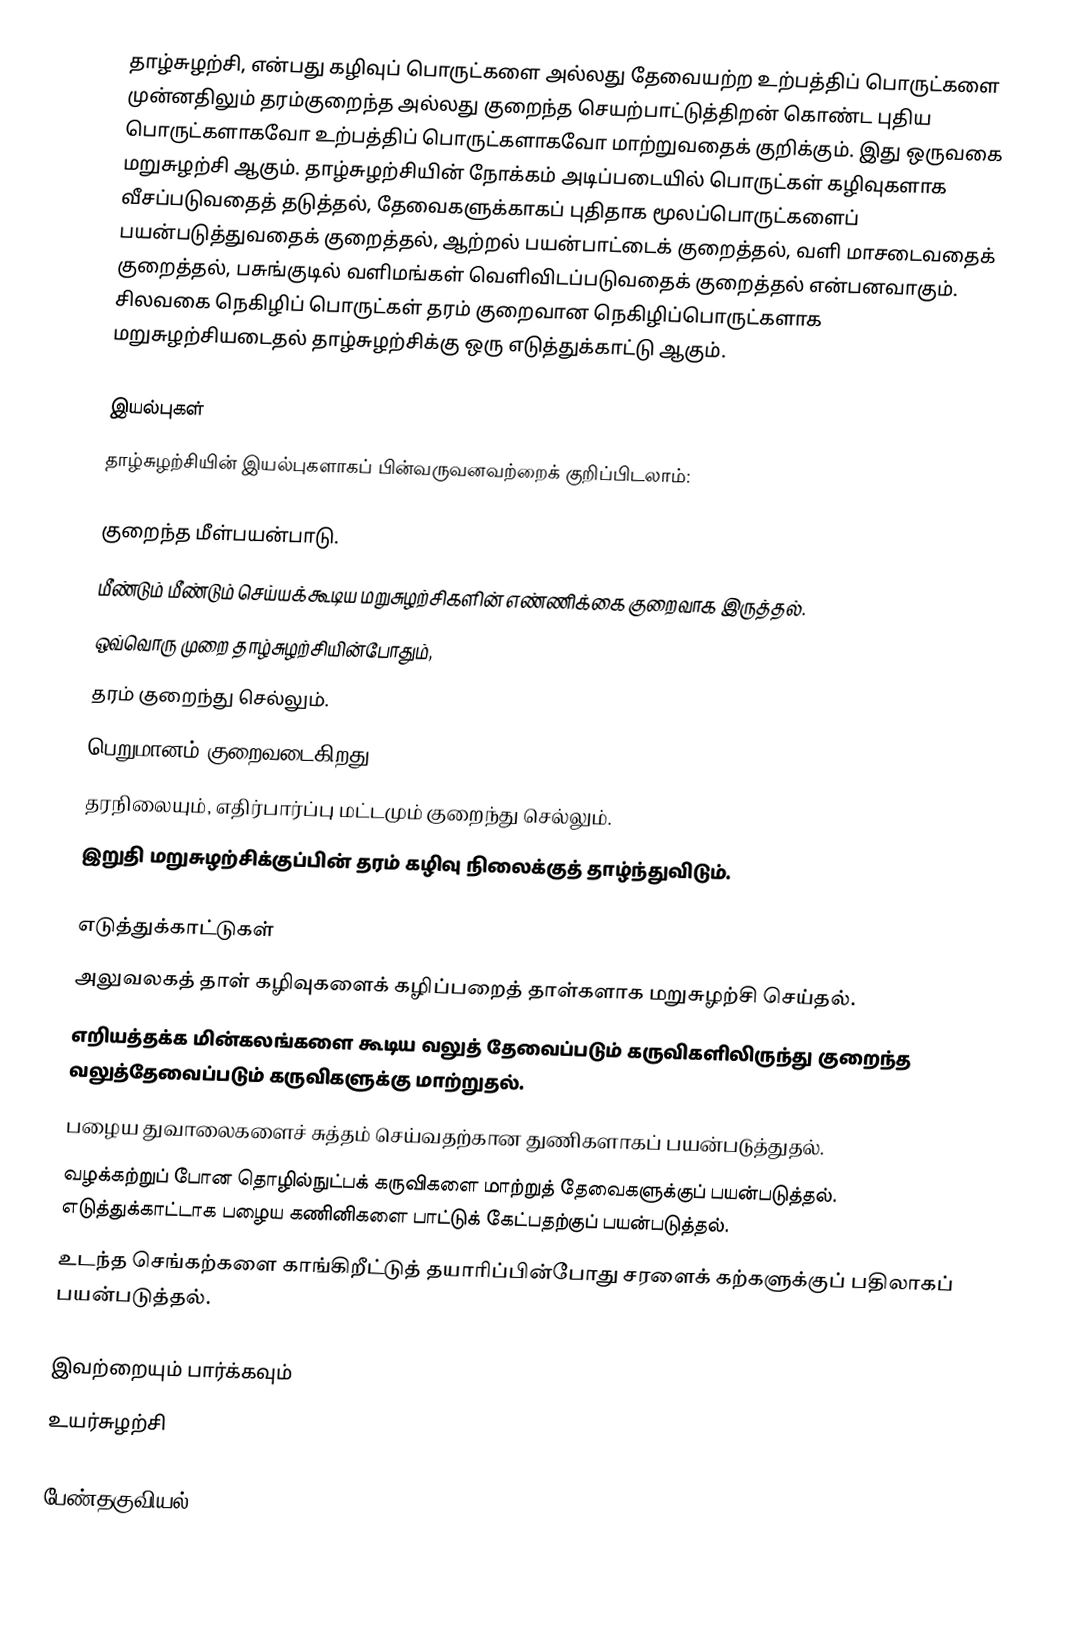
தாழ்சுழற்சி, என்பது கழிவுப் பொருட்களை அல்லது தேவையற்ற உற்பத்திப் பொருட்களை முன்னதிலும் தரம்குறைந்த அல்லது குறைந்த செயற்பாட்டுத்திறன் கொண்ட புதிய பொருட்களாகவோ உற்பத்திப் பொருட்களாகவோ மாற்றுவதைக் குறிக்கும். இது ஒருவகை மறுசுழற்சி ஆகும். தாழ்சுழற்சியின் நோக்கம் அடிப்படையில் பொருட்கள் கழிவுகளாக வீசப்படுவதைத் தடுத்தல், தேவைகளுக்காகப் புதிதாக மூலப்பொருட்களைப் பயன்படுத்துவதைக் குறைத்தல், ஆற்றல் பயன்பாட்டைக் குறைத்தல், வளி மாசடைவதைக் குறைத்தல், பசுங்குடில் வளிமங்கள் வெளிவிடப்படுவதைக் குறைத்தல் என்பனவாகும். சிலவகை நெகிழிப் பொருட்கள் தரம் குறைவான நெகிழிப்பொருட்களாக மறுசுழற்சியடைதல் தாழ்சுழற்சிக்கு ஒரு எடுத்துக்காட்டு ஆகும்.

இயல்புகள்
தாழ்சுழற்சியின் இயல்புகளாகப் பின்வருவனவற்றைக் குறிப்பிடலாம்:

 குறைந்த மீள்பயன்பாடு.
 மீண்டும் மீண்டும் செய்யக்கூடிய மறுசுழற்சிகளின் எண்ணிக்கை குறைவாக இருத்தல்.
 ஒவ்வொரு முறை தாழ்சுழற்சியின்போதும்,
 தரம் குறைந்து செல்லும்.
 பெறுமானம் குறைவடைகிறது.
 தரநிலையும், எதிர்பார்ப்பு மட்டமும் குறைந்து செல்லும்.
 இறுதி மறுசுழற்சிக்குப்பின் தரம் கழிவு நிலைக்குத் தாழ்ந்துவிடும்.

எடுத்துக்காட்டுகள்
 அலுவலகத் தாள் கழிவுகளைக் கழிப்பறைத் தாள்களாக மறுசுழற்சி செய்தல்.
 எறியத்தக்க மின்கலங்களை கூடிய வலுத் தேவைப்படும் கருவிகளிலிருந்து குறைந்த வலுத்தேவைப்படும் கருவிகளுக்கு மாற்றுதல்.
 பழைய துவாலைகளைச் சுத்தம் செய்வதற்கான துணிகளாகப் பயன்படுத்துதல்.
 வழக்கற்றுப் போன தொழில்நுட்பக் கருவிகளை மாற்றுத் தேவைகளுக்குப் பயன்படுத்தல். எடுத்துக்காட்டாக பழைய கணினிகளை பாட்டுக் கேட்பதற்குப் பயன்படுத்தல்.
 உடந்த செங்கற்களை காங்கிறீட்டுத் தயாரிப்பின்போது சரளைக் கற்களுக்குப் பதிலாகப் பயன்படுத்தல்.

இவற்றையும் பார்க்கவும்
 உயர்சுழற்சி

பேண்தகுவியல்